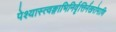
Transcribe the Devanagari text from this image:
पेश्यास्त्वङ्गाभिनिर्वृत्तिर्नखरोमाणि